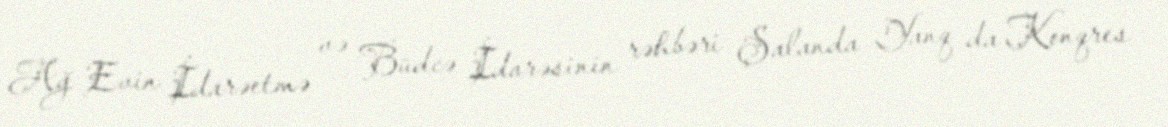
Ağ Evin İdarəetmə və Büdcə İdarəsinin rəhbəri Şalanda Yanq da Konqres